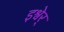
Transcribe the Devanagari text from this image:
इश्वेर्